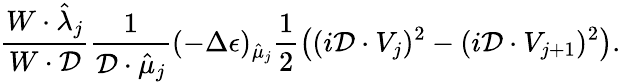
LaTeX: \frac{W\cdot\hat{\lambda}_{j}}{W\cdot\mathcal{D}}\frac{1}{\mathcal{D}\cdot\hat{\mu}_{j}}(-\Delta\epsilon)_{\hat{\mu}_{j}}\frac{1}{2}\left((i\mathcal{D}\cdot V_{j})^{2}-(i\mathcal{D}\cdot V_{j+1})^{2}\right).